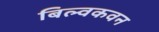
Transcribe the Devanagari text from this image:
बिल्वकवन